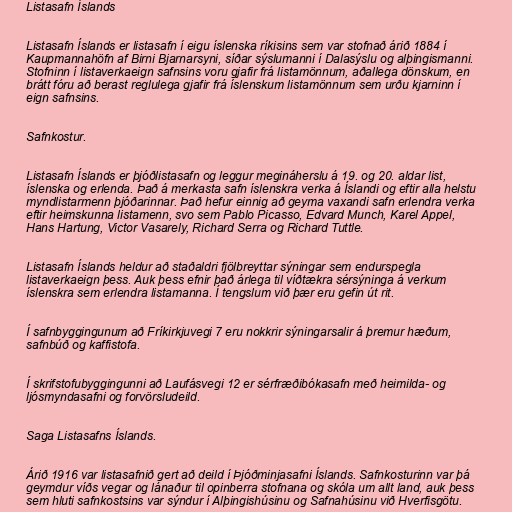
Listasafn Íslands

Listasafn Íslands er listasafn í eigu íslenska ríkisins sem var stofnað árið 1884 í
Kaupmannahöfn af Birni Bjarnarsyni, síðar sýslumanni í Dalasýslu og alþingismanni.
Stofninn í listaverkaeign safnsins voru gjafir frá listamönnum, aðallega dönskum, en
brátt fóru að berast reglulega gjafir frá íslenskum listamönnum sem urðu kjarninn í
eign safnsins.

Safnkostur.

Listasafn Íslands er þjóðlistasafn og leggur megináherslu á 19. og 20. aldar list,
íslenska og erlenda. Það á merkasta safn íslenskra verka á Íslandi og eftir alla helstu
myndlistarmenn þjóðarinnar. Það hefur einnig að geyma vaxandi safn erlendra verka
eftir heimskunna listamenn, svo sem Pablo Picasso, Edvard Munch, Karel Appel,
Hans Hartung, Victor Vasarely, Richard Serra og Richard Tuttle.

Listasafn Íslands heldur að staðaldri fjölbreyttar sýningar sem endurspegla
listaverkaeign þess. Auk þess efnir það árlega til víðtækra sérsýninga á verkum
íslenskra sem erlendra listamanna. Í tengslum við þær eru gefin út rit.

Í safnbyggingunum að Fríkirkjuvegi 7 eru nokkrir sýningarsalir á þremur hæðum,
safnbúð og kaffistofa.

Í skrifstofubyggingunni að Laufásvegi 12 er sérfræðibókasafn með heimilda- og
ljósmyndasafni og forvörsludeild.

Saga Listasafns Íslands.

Árið 1916 var listasafnið gert að deild í Þjóðminjasafni Íslands. Safnkosturinn var þá
geymdur víðs vegar og lánaður til opinberra stofnana og skóla um allt land, auk þess
sem hluti safnkostsins var sýndur í Alþingishúsinu og Safnahúsinu við Hverfisgötu.